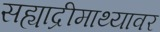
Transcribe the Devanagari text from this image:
सह्याद्रीमाथ्यावर